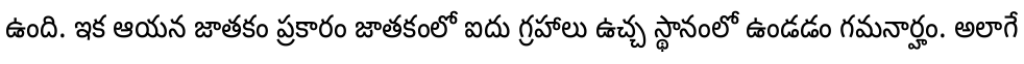
ఉంది. ఇక ఆయన జాతకం ప్రకారం జాతకంలో ఐదు గ్రహాలు ఉచ్చ స్థానంలో ఉండడం గమనార్హం. అలాగే